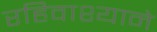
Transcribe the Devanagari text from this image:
रहिवाश्याने